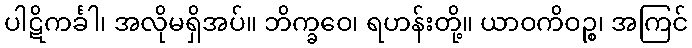
ပါဋိကင်္ခါ၊ အလိုမရှိအပ်။ ဘိက္ခဝေ၊ ရဟန်းတို့။ ယာဝကိဝဉ္စ၊ အကြင်